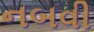
નબવી